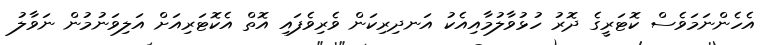
އެހެންނަމަވެސް ކޮޓަރީގެ ދޮރު ހުޅުވާލުމާއިއެކު އަނދިރިކަން ވެރިވެފައި އޮތް އެކޮޓަރިއަށް އަލިވަނުމުން ނަވާލު